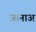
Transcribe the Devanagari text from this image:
जानाअ